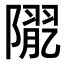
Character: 𨼉